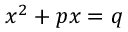
x ^ { 2 } + p x = q